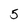
Character: 5